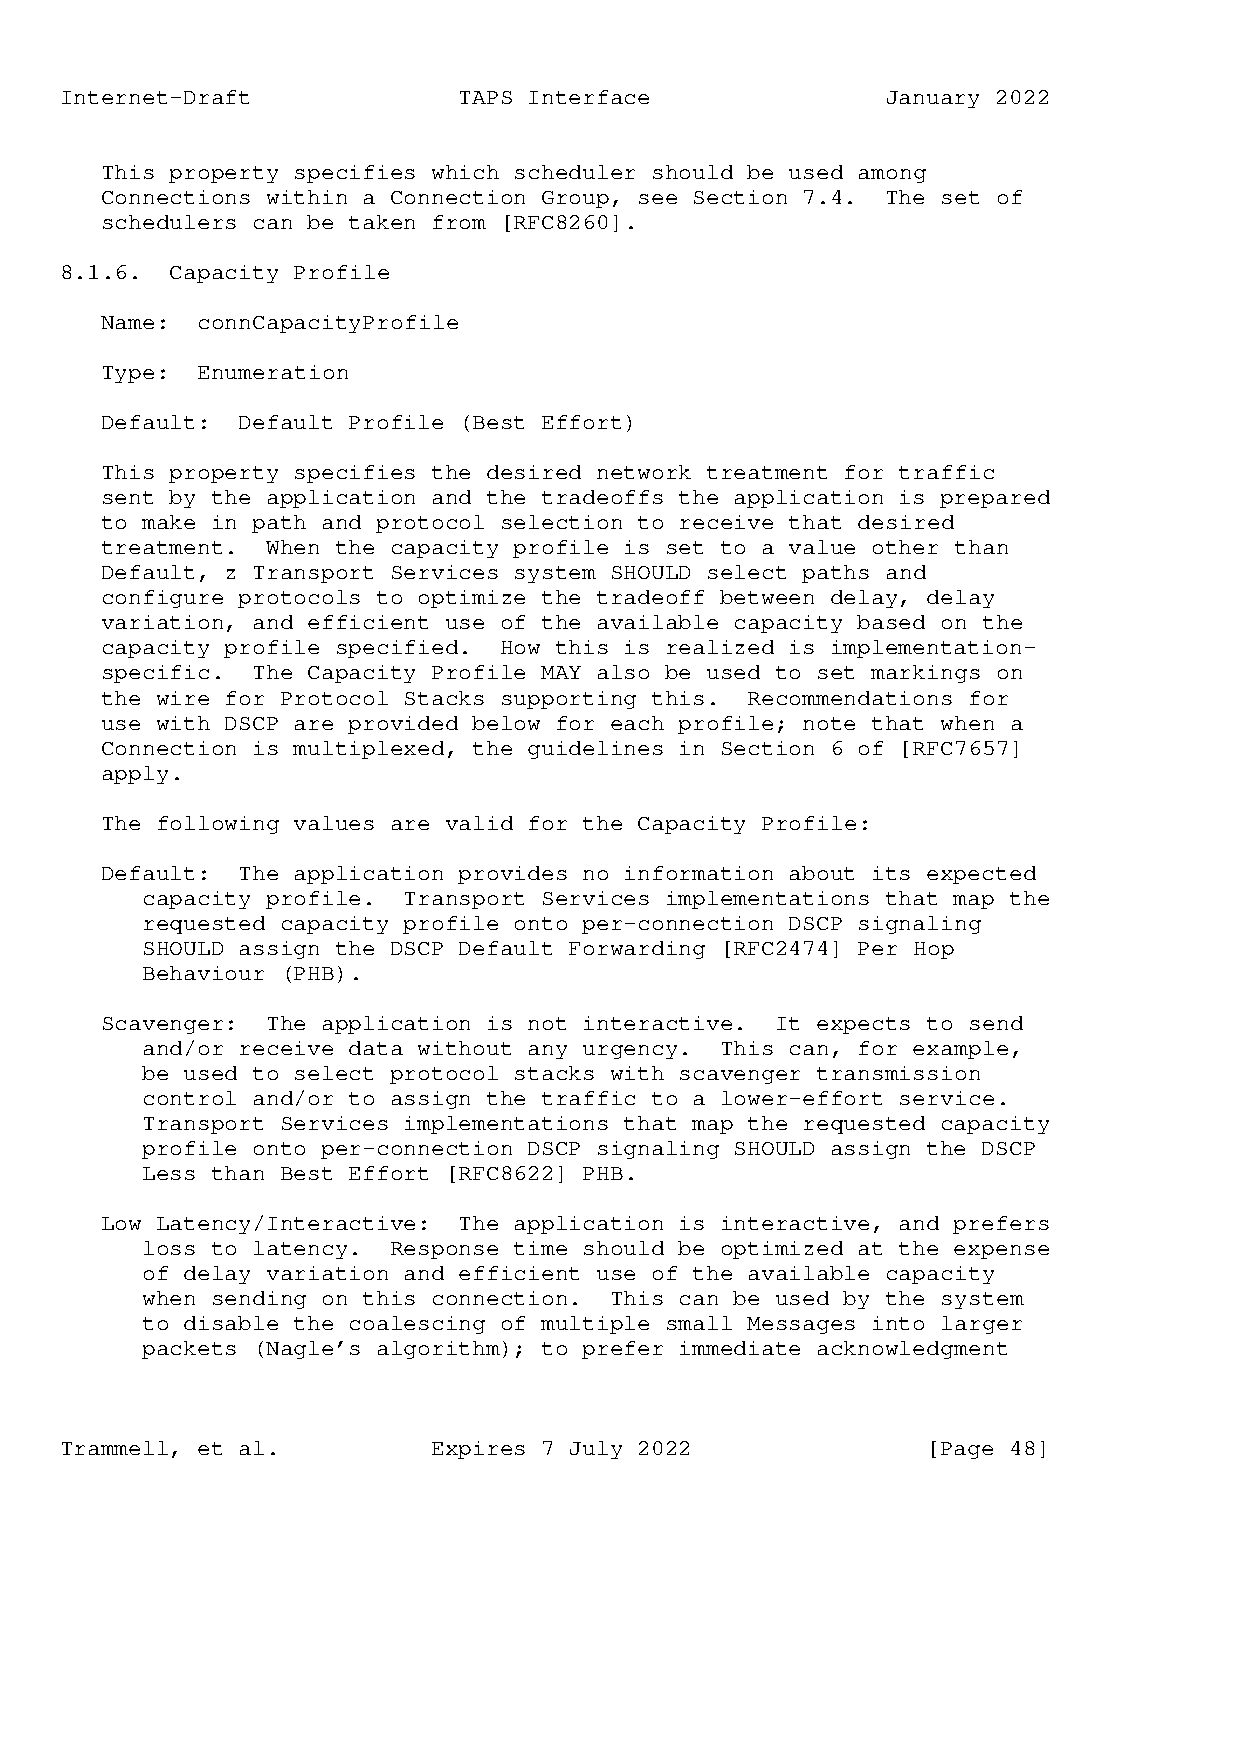
Internet-Draft            TAPS Interface               January 2022
 This property specifies which scheduler should be used among
 Connections within a Connection Group, see Section 7.4. The set of
 schedulers can be taken from [RFC8260].
 8.1.6. Capacity Profile
 Name: connCapacityProfile
 Type: Enumeration
 Default: Default Profile (Best Effort)
 This property specifies the desired network treatment for traffic
 sent by the application and the tradeoffs the application is prepared
 to make in path and protocol selection to receive that desired
 treatment. When the capacity profile is set to a value other than
 Default, z Transport Services system SHOULD select paths and
 configure protocols to optimize the tradeoff between delay, delay
 variation, and efficient use of the available capacity based on the
 capacity profile specified. How this is realized is implementation-
 specific. The Capacity Profile MAY also be used to set markings on
 the wire for Protocol Stacks supporting this. Recommendations for
 use with DSCP are provided below for each profile; note that when a
 Connection is multiplexed, the guidelines in Section 6 of [RFC7657]
 apply.
 The following values are valid for the Capacity Profile:
 Default: The application provides no information about its expected
 capacity profile. Transport Services implementations that map the
 requested capacity profile onto per-connection DSCP signaling
 SHOULD assign the DSCP Default Forwarding [RFC2474] Per Hop
 Behaviour (PHB).
 Scavenger: The application is not interactive. It expects to send
 and/or receive data without any urgency. This can, for example,
 be used to select protocol stacks with scavenger transmission
 control and/or to assign the traffic to a lower-effort service.
 Transport Services implementations that map the requested capacity
 profile onto per-connection DSCP signaling SHOULD assign the DSCP
 Less than Best Effort [RFC8622] PHB.
 Low Latency/Interactive: The application is interactive, and prefers
 loss to latency. Response time should be optimized at the expense
 of delay variation and efficient use of the available capacity
 when sending on this connection. This can be used by the system
 to disable the coalescing of multiple small Messages into larger
 packets (Nagle’s algorithm); to prefer immediate acknowledgment
 Trammell, et al.         Expires 7 July 2022             [Page 48]